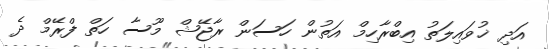
އަދި ޚުވައިލަތު އިބްރާހިމް އަތުން ހަސަން ރާޖޭޝް މޫސާ ހަތް ފްރޭމް ދެ